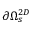
\partial \Omega _ { s } ^ { 2 D }